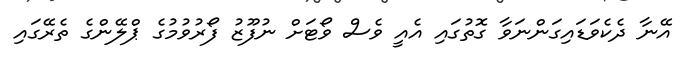
އޭނާ ދެކެވަޑައިގަންނަވާ ގޮތުގައި އެއީ ވެސް ވޯޓަށް ނުފޫޒު ފޯރުވުމުގެ ޕްލޭންގެ ތެރޭގައި